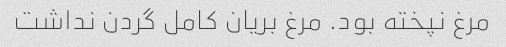
مرغ نپخته بود. مرغ بریان کامل گردن نداشت